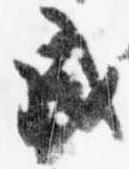
戌